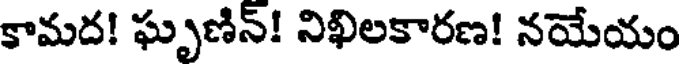
కామద! ఘృణిన్! నిఖిలకారణ! నయేయం